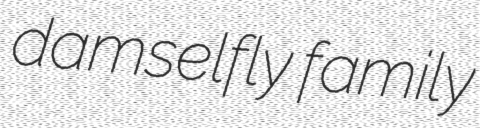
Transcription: damselfly family